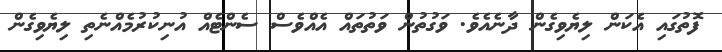
ފޮތުގައި އެކަން ލިޔެވިގެން ދާނެއެވެ. ވަގުތުން ވަތުތައް އެއްވެސް ސެންޓެއް އުނިކުރުމެއްނެތި ލިޔެވިގެން